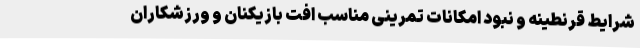
شرایط قرنطینه و نبود امکانات تمرینی مناسب افت بازیکنان و ورزشکاران